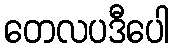
တေလပဒီပေါ